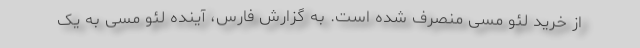
از خرید لئو مسی منصرف شده است. به گزارش فارس، آینده لئو مسی به یک